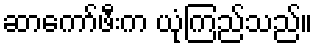
ဆာကော်ဖီးက ယုံကြည်သည်။